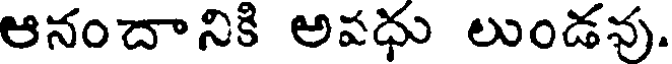
ఆనందానికి అవధు లుండవు.